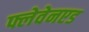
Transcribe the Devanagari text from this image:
फ्लेवेनएड